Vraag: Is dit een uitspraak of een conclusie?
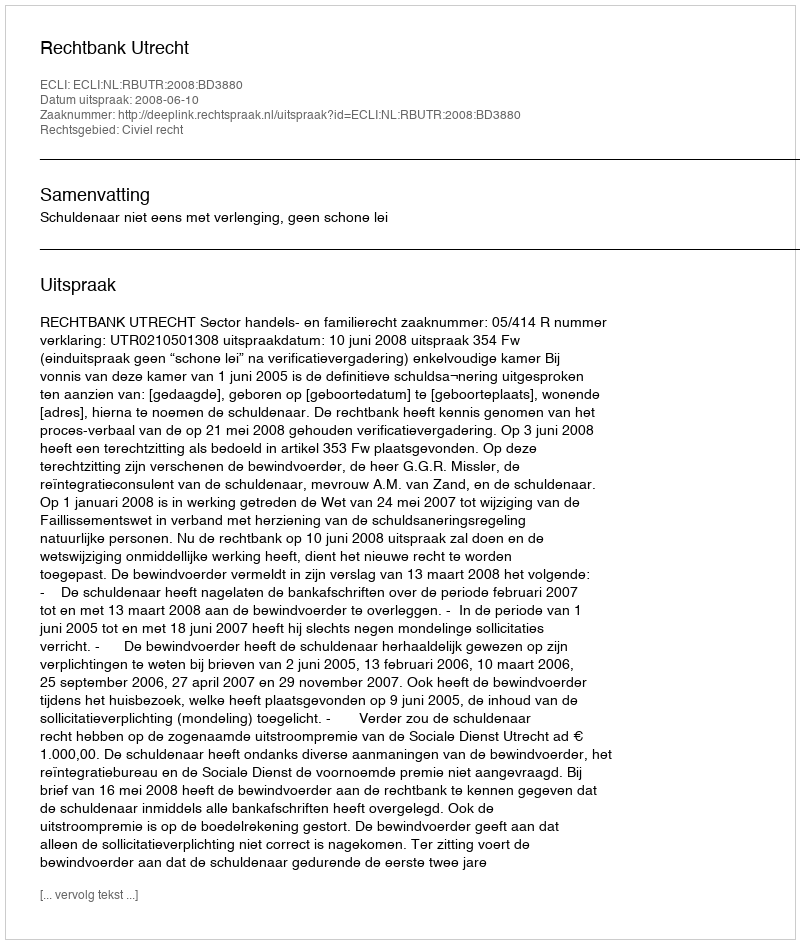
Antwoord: Uitspraak